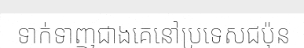
ទាក់ទាញជាងគេនៅប្រទេសជប៉ុន